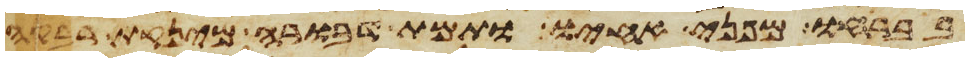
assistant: בברחו מפני אחיו ותמת דבורה מינקת רבקה